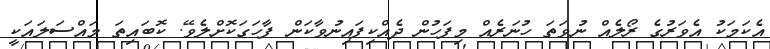
އެކަމަކު އެވަރުގެ ރޯލެއް ނުވަތަ ހުނަރެއް މިފަހުން ދެއްކިފައިނުވާކަން ފާހަގަކޮށްލެވޭ. ކޮބައިތަ މައްސަލައަކީ